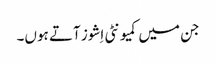
جن میں کمیونٹی اِشوز آتے ہوں۔